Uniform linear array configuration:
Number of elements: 32
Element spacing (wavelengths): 0.5
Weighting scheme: uniform
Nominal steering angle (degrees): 45
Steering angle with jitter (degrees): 46.847
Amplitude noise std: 0.05
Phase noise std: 0.05

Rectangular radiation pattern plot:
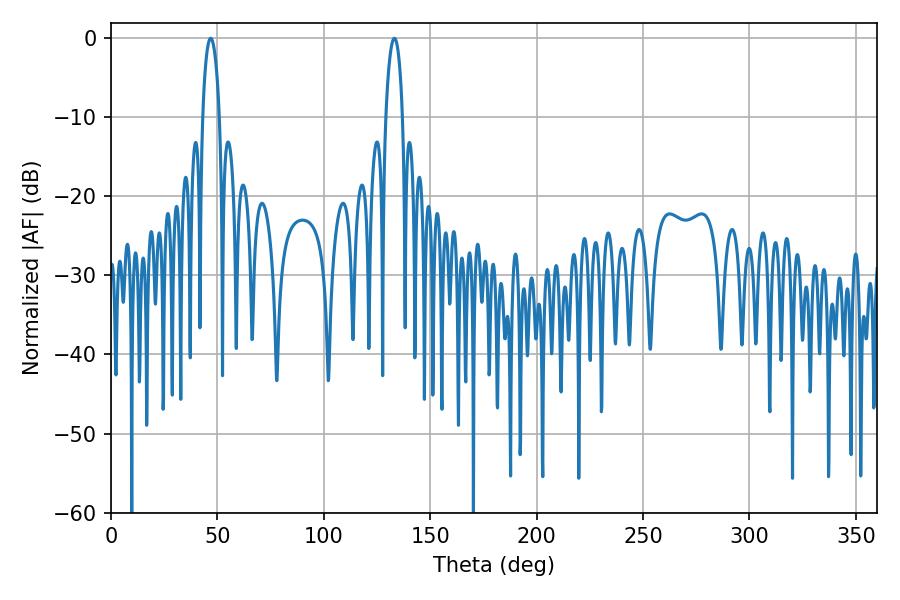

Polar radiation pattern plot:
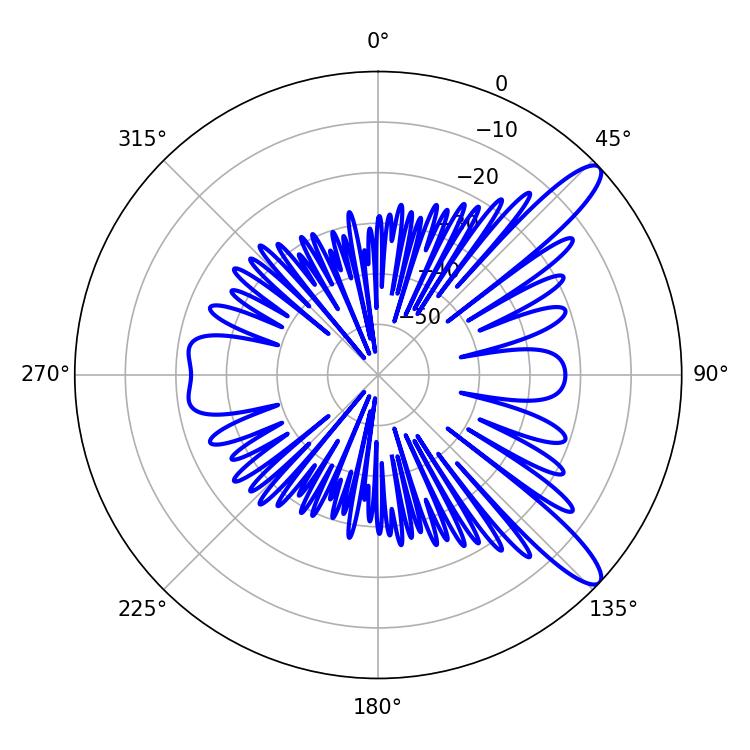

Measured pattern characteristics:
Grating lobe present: FALSE
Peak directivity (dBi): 11.891
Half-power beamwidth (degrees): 4.5
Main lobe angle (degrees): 46.8